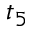
t _ { 5 }